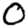
Digit: 0